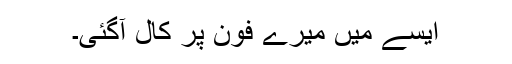
ایسے میں میرے فون پر کال آگئی۔